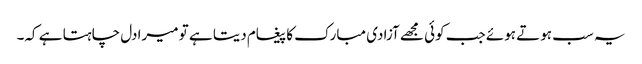
یہ سب ہوتے ہوئے جب کوئی مجھے آزادی مبارک کا پیغام دیتا ہے تو میرا دل چاہتا ہے کہ۔